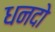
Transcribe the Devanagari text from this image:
धनदो